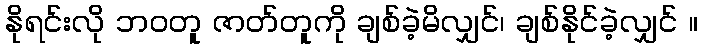
နိုရင်းလို ဘဝတူ ဇာတ်တူကို ချစ်ခဲ့မိလျှင်၊ ချစ်နိုင်ခဲ့လျှင် ။